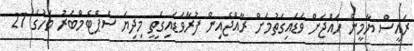
ރައީސް ޔާމީން ހައްޖަށް ވަޑައިގަތުމަށް ރާއްޖެއިން ފުރާވަޑައިގަތީ މިދިޔަ ސެޕްޓެމްބަރު މަހުގެ 27